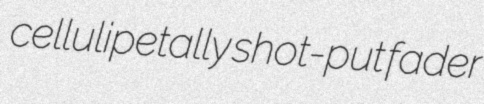
cellulipetally shot-put fader